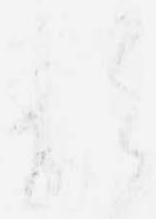
類